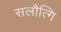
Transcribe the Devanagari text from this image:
सलौत्गि